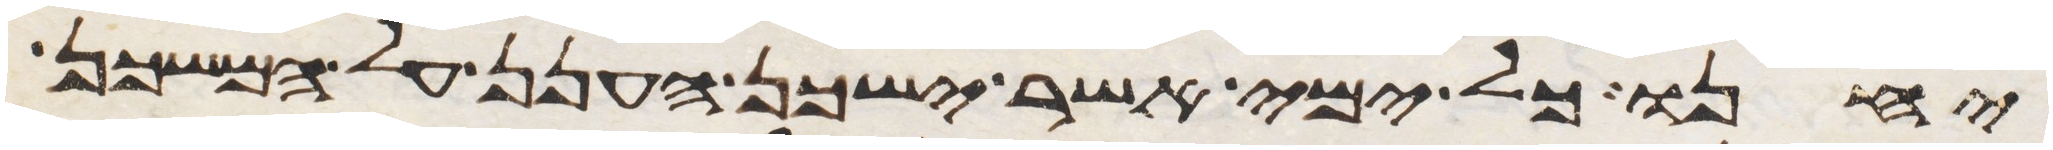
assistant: יחנו כל ימי אשר ישכן הענן על המשכן